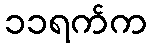
၁၁ရက်က